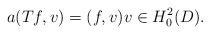
LaTeX: \begin{align*}a(Tf, v) = (f, v) v \in H_0^2(D).\end{align*}